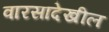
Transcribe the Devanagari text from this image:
वारसादेखील